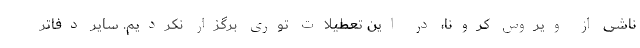
ناشی از ویروس کرونا، در این تعطیلات توری برگزار نکردیم. سایر دفاتر